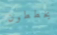
يخططون